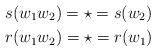
\begin{align*}&s(w_1w_2)= \star = s(w_2)\\&r(w_1w_2)= \star = r(w_1) \end{align*}